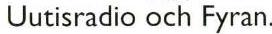
Uutisradio och Fyran.